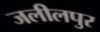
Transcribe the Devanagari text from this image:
जलीलपुर